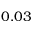
0 . 0 3